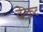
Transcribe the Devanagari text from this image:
वेन्कट